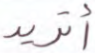
أتريد